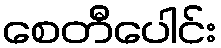
စေတီပေါင်း